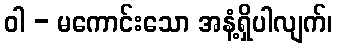
ဝါ - မကောင်းသော အနံ့ရှိပါလျက်၊